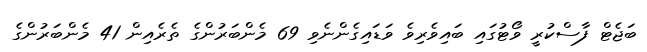
ބަޖެޓް ފާސްކުރީ ވޯޓުގައި ބައިވެރިވެ ވަޑައިގެންނެވި 69 މެންބަރުންގެ ތެރެއިން 41 މެންބަރުންގެ